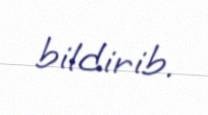
bildirib.